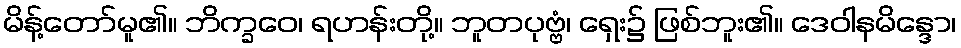
မိန့်တော်မူ၏။ ဘိက္ခဝေ၊ ရဟန်းတို့။ ဘူတပုဗ္ဗံ၊ ရှေး၌ ဖြစ်ဘူး၏။ ဒေဝါနမိန္ဒော၊